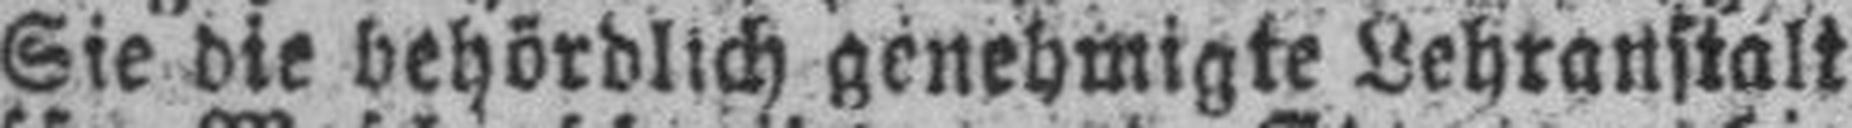
Sie die behördlich genehmigte Lehranstalt